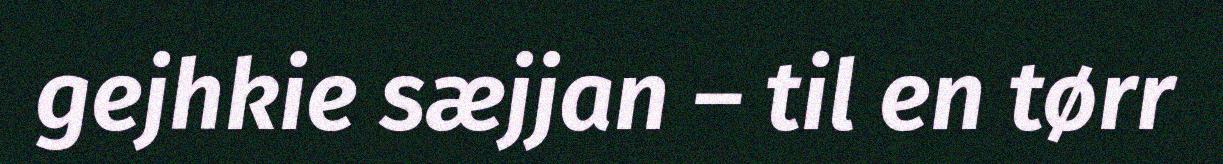
gejhkie sæjjan – til en tørr